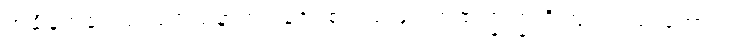
အချိန်အခါဝယ် သင်္ဂါယနာတင်ခြင်း စသည်ဖြင့် ထထကြွကြွ ရှိကြ၍လည်းကောင်း